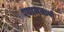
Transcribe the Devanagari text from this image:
श्यामकर्ण